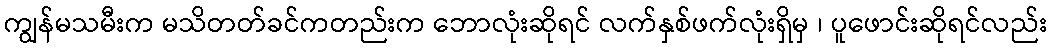
ကျွန်မသမီးက မသိတတ်ခင်ကတည်းက ဘောလုံးဆိုရင် လက်နှစ်ဖက်လုံးရှိမှ ၊ ပူဖောင်းဆိုရင်လည်း